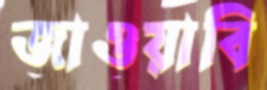
জাওয়াবি